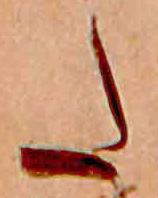
た